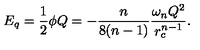
E _ { q } = \frac { 1 } { 2 } \phi Q = - \frac { n } { 8 ( n - 1 ) } \frac { \omega _ { n } Q ^ { 2 } } { r _ { c } ^ { n - 1 } } .